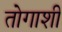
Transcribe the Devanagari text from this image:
तोगाशी